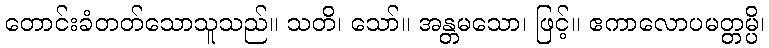
တောင်းခံတတ်သောသူသည်။ သတိ၊ သော်။ အန္တမသော၊ ဖြင့်။ ဧကာလောပမတ္တမ္ပိ၊